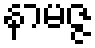
နာမဇ္ဇ